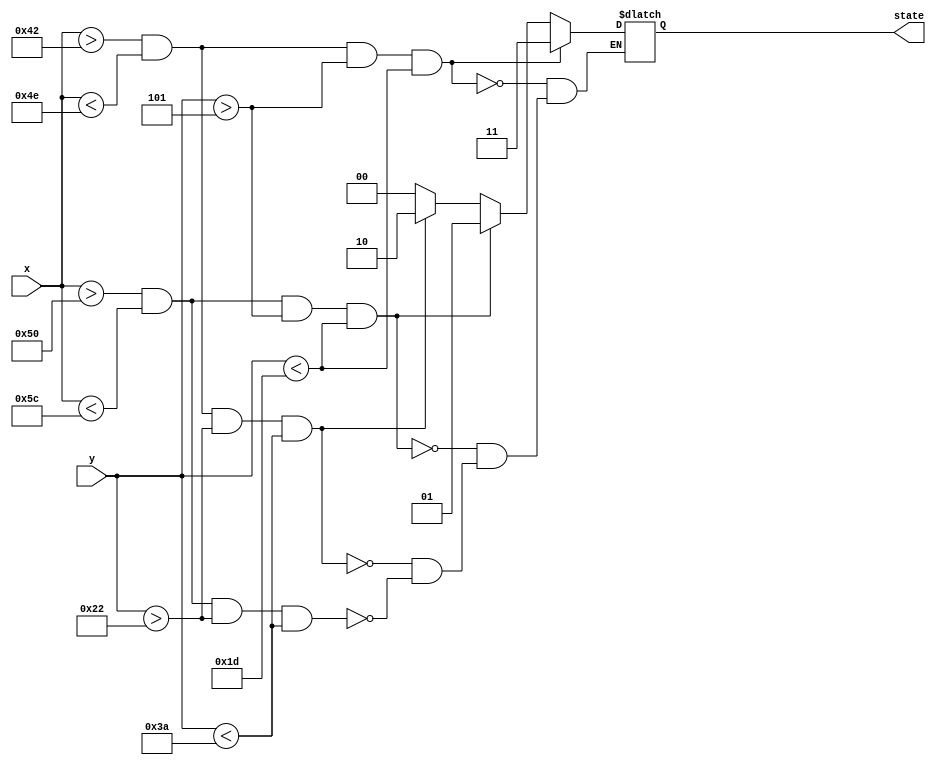
`timescale 1ns / 1ps
//////////////////////////////////////////////////////////////////////////////////
// Company: 
// Engineer: 
// 
// Design Name: 
// Module Name: convert
// Project Name: 
// Target Devices: 
// Tool Versions: 
// Description: 
// 
// Dependencies: 
// 
// Revision:
// Revision 0.01 - File Created
// Additional Comments:
// 
//////////////////////////////////////////////////////////////////////////////////


module coord_to_state( // coordinates to state converter
    input [6:0] x, y,
    output reg [1:0]state
);
    
    parameter ERASER = 2'b00;
    parameter BLUE = 2'b01;
    parameter GREEN = 2'b10;
    parameter RED = 2'b11;
      
    always @(*) begin
        if (x > 66 && x < 78 && y > 5 && y < 29) state <= RED;
        else if (x > 80 && x < 92 && y > 5 && y < 29) state <= BLUE;
        else if (x > 66 && x < 78 && y > 34 && y < 58) state <= GREEN;
        else if (x > 80 && x < 92 && y > 34 && y < 58) state <= ERASER;
    end

endmodule